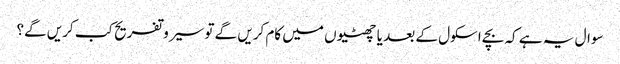
سوال یہ ہے کہ بچے اسکول کے بعد یا چھٹیوں میں کام کریں گے تو سیرو تفریح کب کریں گے؟